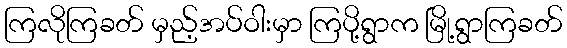
ကြလိုကြခတ် မှည့်အပ်ဝါးမှာ ကြပို့ရွာက မြို့ရွာကြခတ်